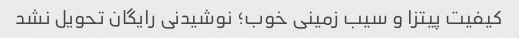
کیفیت پیتزا و سیب زمینی خوب؛ نوشیدنی رایگان تحویل نشد